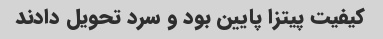
کیفیت پیتزا پایین بود و سرد تحویل دادند